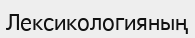
Лексикологияның